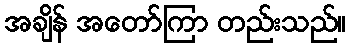
အချိန် အတော်ကြာ တည်းသည်။